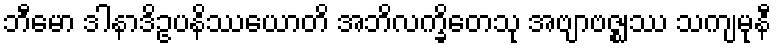
ဘီမော ဒါနာဒိဥပနိဿယောတိ အဘိလက္ခိတေသု အဗျာဗဇ္ဈဿ သကျမုနီ